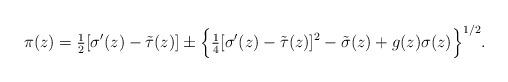
LaTeX: \begin{align*} \pi(z) = \tfrac{1}{2} [\sigma'(z) - \tilde{\tau}(z)] \pm \Bigl\{\tfrac{1}{4} [\sigma'(z) - \tilde{\tau}(z)]^2 - \tilde{\sigma}(z) + g(z) \sigma(z)\Bigr\}^{1/2}. \end{align*}